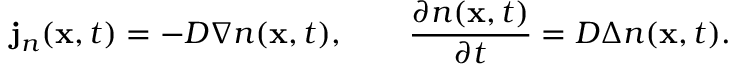
{ \bf j } _ { n } ( { \bf x } , t ) = - D \nabla n ( { \bf x } , t ) , \qquad \frac { \partial n ( { \bf x } , t ) } { \partial t } = D \Delta n ( { \bf x } , t ) .